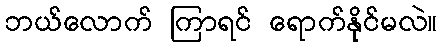
ဘယ်လောက် ကြာရင် ရောက်နိုင်မလဲ။